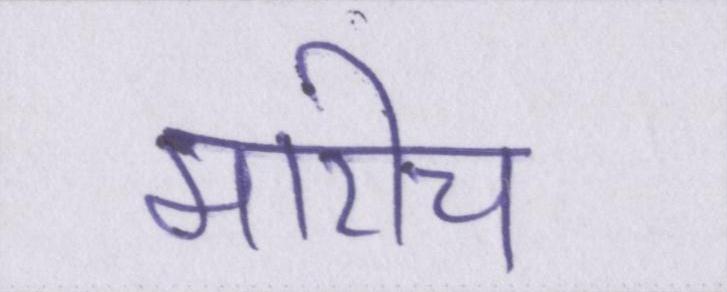
मारीच